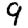
Digit: 9